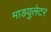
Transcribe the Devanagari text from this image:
माडयुलेटर